Problem: 5 × 8 = ?
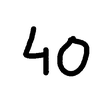
Handwritten answer: 40